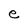
Character: e